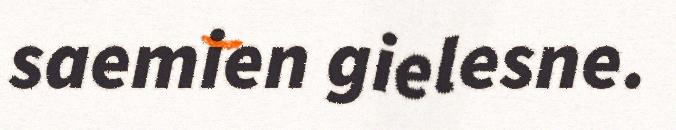
saemien gielesne.